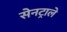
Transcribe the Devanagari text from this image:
सेनट्राले